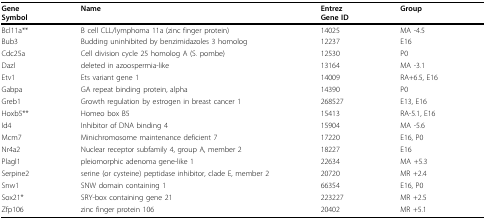
| GeneSymbol | Name | EntrezGene ID | Group |
 | --- | --- | --- | --- |
 | Bcl11a** | B cell CLL/lymphoma 11a (zinc finger protein) | 14025 | MA -4.5 |
 | Bub3 | Budding uninhibited by benzimidazoles 3 homolog | 12237 | E16 |
 | Cdc25a | Cell division cycle 25 homolog A (S. pombe) | 12530 | P0 |
 | Dazl | deleted in azoospermia-like | 13164 | MA -3.1 |
 | Etv1 | Ets variant gene 1 | 14009 | RA+6.5, E16 |
 | Gabpa | GA repeat binding protein, alpha | 14390 | P0 |
 | Greb1 | Growth regulation by estrogen in breast cancer 1 | 268527 | E13, E16 |
 | Hoxb5** | Homeo box B5 | 15413 | RA-5.1, E16 |
 | Id4 | Inhibitor of DNA binding 4 | 15904 | MA -5.6 |
 | Mcm7 | Minichromosome maintenance deficient 7 | 17220 | E16, P0 |
 | Nr4a2 | Nuclear receptor subfamily 4, group A, member 2 | 18227 | E16 |
 | Plagl1 | pleiomorphic adenoma gene-like 1 | 22634 | MA +5.3 |
 | Serpine2 | serine (or cysteine) peptidase inhibitor, clade E, member 2 | 20720 | MR +2.4 |
 | Snw1 | SNW domain containing 1 | 66354 | E16, P0 |
 | Sox21* | SRY-box containing gene 21 | 223227 | MR +2.5 |
 | Zfp106 | zinc finger protein 106 | 20402 | MR +5.1 |